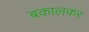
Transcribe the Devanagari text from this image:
बकालकर